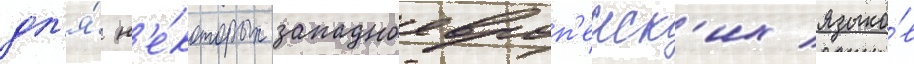
дл'я́ н'е́которых западноевроп'еиск'их языко́в